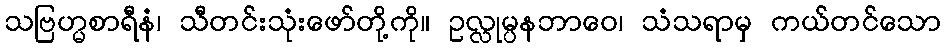
သဗြဟ္မစာရီနံ၊ သီတင်းသုံးဖော်တို့ကို။ ဥလ္လုမ္ပနဘာဝေ၊ သံသရာမှ ကယ်တင်သော